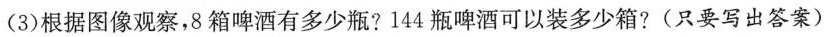
(3)根据图像观察，8箱啤酒有多少瓶?144瓶啤酒可以装多少箱?(只要写出答案)